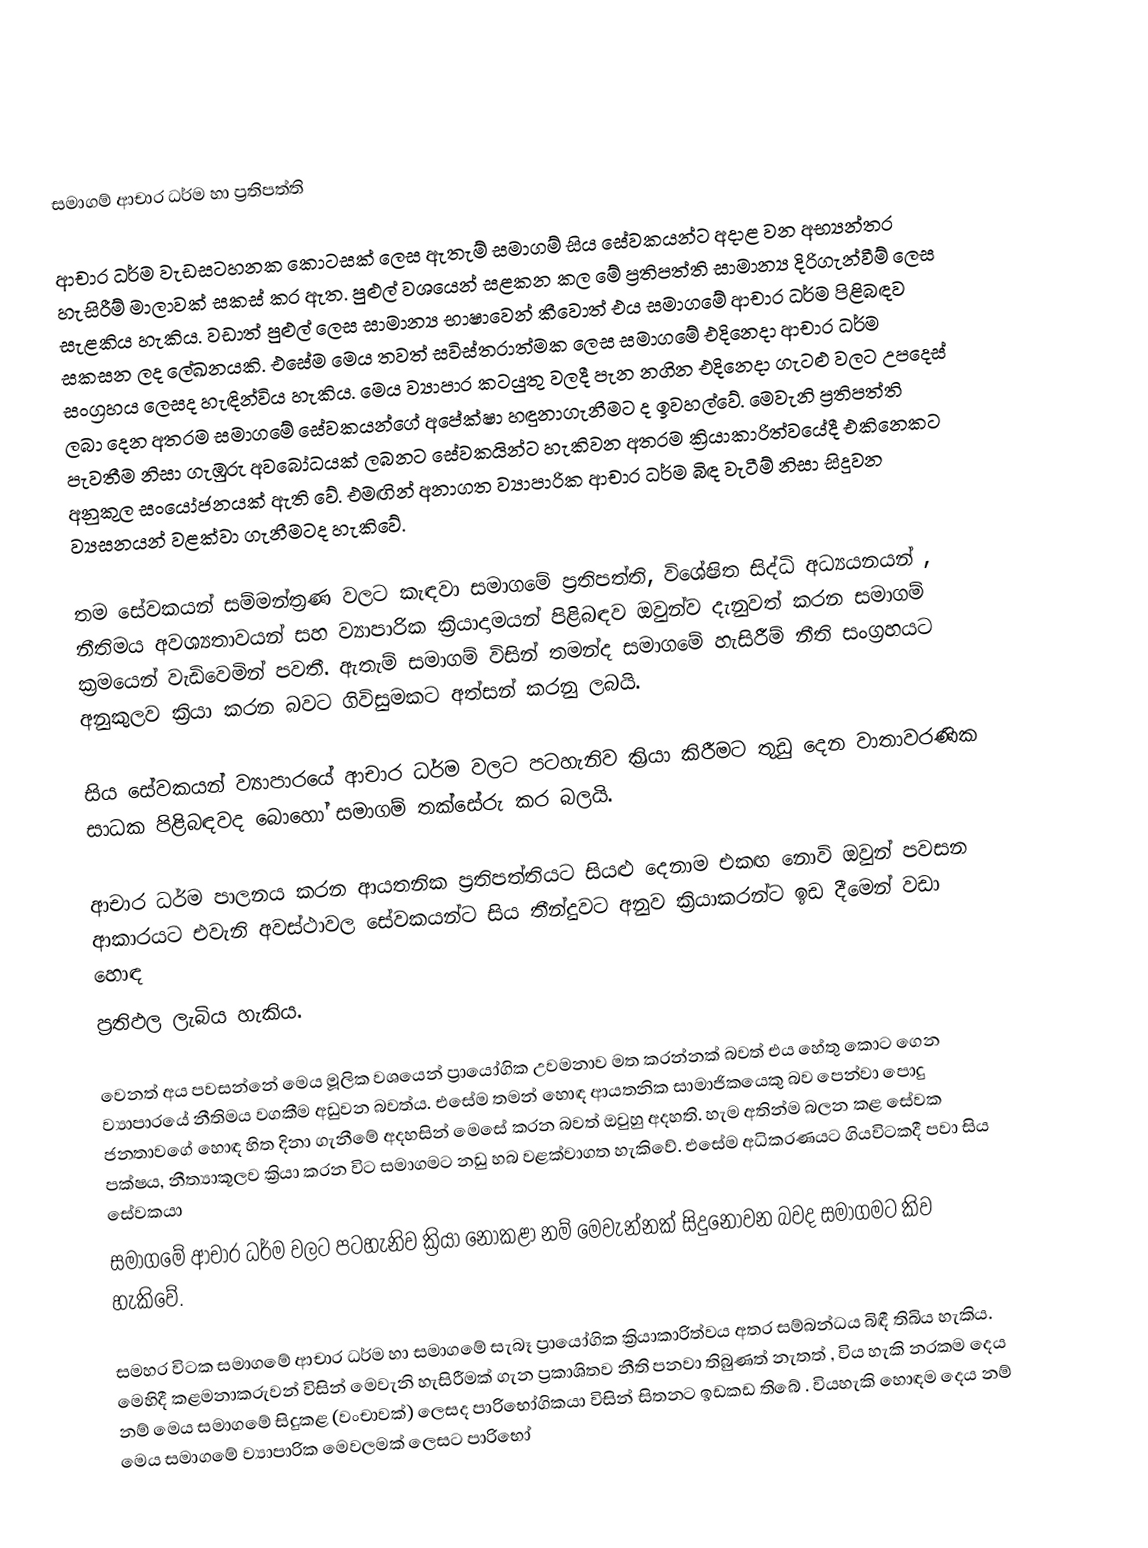

සමාගම් ආචා‍ර ධර්ම  හා ප්‍රතිපත්ති

ආචාර  ධර්ම  වැඩසටහනක කොටසක්  ලෙස ඇතැම් සමාගම්  සිය  සේවකයන්ට  අදාළ  වන අභ්‍යන්තර හැසිරීම් මාලාවක් සකස්  කර ඇත.  පුළුල් වශයෙන්  සළකන  කල  මේ  ප්‍රතිපත්ති  සාමාන්‍ය  දිරිගැන්වීම්  ලෙස  සැළකිය  හැකිය.  වඩාත්  පුළුල්  ලෙස  සාමාන්‍ය  භාෂාවෙන්  කීවොත්  එය  සමාගමේ  ආචාර  ධර්ම පිළිබඳව සකසන ලද ලේඛනයකි.  එසේම  මෙය  තවත්  සවිස්තරාත්මක ලෙස සමාගමේ  එදිනෙදා  ආචාර  ධර්ම  සංග්‍රහය  ලෙසද  හැඳින්විය  හැකිය.  මෙය  ව්‍යාපාර  කටයුතු  වලදී  පැන  නගින  එදිනෙදා  ගැටළු  වලට  උපදෙස්   ලබා  දෙන අතරම  සමාගමේ  සේවකයන්ගේ  අපේක්ෂා  හඳුනාගැනීමට ද  ඉවහල්වේ.  මෙවැනි  ප්‍රතිපත්ති  පැවතීම  නිසා  ගැඹුරු  අවබෝධයක් ලබනට සේවකයින්ට හැකිවන අතරම  ක්‍රියාකාරිත්වයේදී   එකිනෙකට   අනුකුල  සංයෝජනයක්  ඇති වේ. එමඟින්  අනාගත  ව්‍යාපාරික  ආචාර  ධර්ම  බිඳ වැටීම්  නිසා  සිදුවන  ව්‍යසනයන්  වළක්වා  ගැනීමටද හැකිවේ.

තම  සේවකයන්  සම්මන්ත්‍රණ  වලට  කැඳවා   සමාගමේ  ප්‍රතිපත්ති,  විශේෂිත සිද්ධි  අධ්‍යයනයන් ,  නීතිමය  අවශ්‍යතාවයන් සහ  ව්‍යාපාරික ක්‍රියාදාමයන්   පිළිබඳව  ඔවුන්ව දැනුවත්  කරන  සමාගම්  ක්‍රමයෙන්  වැඩිවෙමින්   පවතී.  ඇතැම් සමාගම් විසින් තමන්ද  සමාගමේ  හැසිරීම්  නීති සංග්‍රහයට  අනුකුලව  ක්‍රියා  කරන  බවට  ගිවිසුමකට  අත්සන්  කරනු ලබයි.

සිය  සේවකයන්  ව්‍යාපාරයේ  ආචාර  ධර්ම  වලට  පටහැනිව  ක්‍රියා  කිරීමට  තුඩු දෙන  වාතාවරණික  සාධක  පිළිබඳවද  බොහෝ  සමාගම්  තක්සේරු  කර බලයි.

ආචාර  ධර්ම  පාලනය  කරන  ආයතනික  ප්‍රතිපත්තියට   සියළු  දෙනාම  එකඟ   නොවි  ඔවුන්  පවසන  ආකාරයට  එවැනි  අවස්ථාවල  සේවකයන්ට  සිය  තීන්දුවට අනුව ක්‍රියාකරන්ට  ඉඩ  දීමෙන්  වඩා  ‍හොඳ
ප්‍රතිඵල  ලැබිය  හැකිය.

වෙනත්  අය  පවසන්නේ  මෙය  මූලික  වශයෙන්  ප්‍රායෝගික  උවමනාව  මත  කරන්නක්  බවත්  එය  හේතු  කොට  ගෙන  ව්‍යාපාරයේ  නීතිමය  වගකීම   අඩුවන  බවත්ය.  එසේම  තමන්  හොඳ  ආයතනික   සාමාජිකයෙකු  බව  පෙන්වා පොදු  ජනතාවගේ  හොඳ  හිත  දිනා  ගැනීමේ  අදහසින්  මෙසේ  කරන  බවත්  ඔවුහු  අදහති.  හැම  අතින්ම  බලන  කළ  සේවක පක්ෂය,  නීත්‍යාකූලව  ක්‍රියා  කරන  විට  සමාගමට  නඩු හබ  වළක්වාගත  හැකිවේ.   එසේම   අධිකරණයට  ගියවිටකදී පවා  සිය  සේවකයා
සමාගමේ  ආචාර  ධර්ම  වලට  පටහැනිව  ක්‍රියා  නොකළා  නම්  මෙවැන්නක්  සිදුනො‍වන  බවද  සමාගමට   කිව  හැකිවේ.

සමහර  විටක  සමාගමේ  ආචාර  ධර්ම  හා  සමාගමේ  සැබෑ ප්‍රායෝගික  ක්‍රියාකාරිත්වය   අතර  සම්බන්ධය  බිඳී  තිබිය  හැකිය.  මෙහිදී   කළමනාකරුවන්  විසින්  මෙවැනි  හැසිරීමක්  ගැන ප්‍රකාශිතව  නීති  පනවා  තිබුණත්  නැතත් ,  විය  හැකි  නරකම  දෙය නම් මෙය  සමාගමේ  සිදුකළ (වංචාවක්)  ලෙසද පාරිභෝගිකයා විසින් සිතනට ඉඩකඩ තිබේ . වියහැකි  හොඳම  දෙය නම් මෙය   සමාගමේ  ව්‍යාපාරික  මෙවලමක්  ලෙසට පාරිභෝ